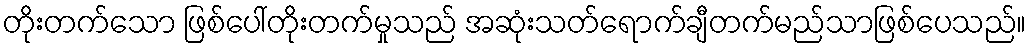
တိုးတက်သော ဖြစ်ပေါ်တိုးတက်မှုသည် အဆုံးသတ်ရောက်ချီတက်မည်သာဖြစ်ပေသည်။